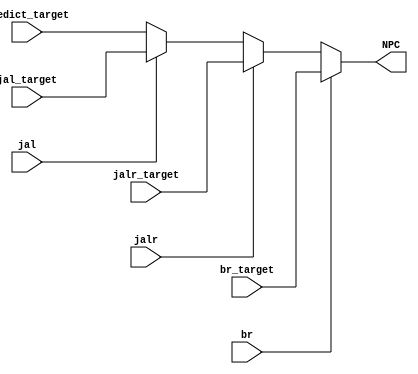
`timescale 1ns / 1ps
//////////////////////////////////////////////////////////////////////////////////
// Company: 
// Engineer: 
// 
// Design Name: 
// Module Name: NPC_Generator
// Project Name: 
// Target Devices: 
// Tool Versions: 
// Description: 
// 
// Dependencies: 
// 
// Revision:
// Revision 0.01 - File Created
// Additional Comments:
// 
//////////////////////////////////////////////////////////////////////////////////


module NPC_Generator(
    input               [31:0] predict_target,
    input               [31:0] jal_target,
    input               [31:0] jalr_target,
    input               [31:0] br_target,
    input                      jal,
    input                      jalr,
    input                      br,
    output reg          [31:0] NPC
    );
    
    always @(*) begin
        if(br)begin
            NPC = br_target;
        end else if (jalr) begin
            NPC = jalr_target;
        end else if (jal) begin
            NPC = jal_target;
        end else begin
            NPC = predict_target;
        end
    end
endmodule